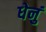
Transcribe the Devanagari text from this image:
धेनुं